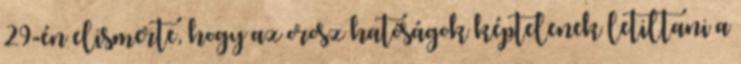
29-én elismerte, hogy az orosz hatóságok képtelenek letiltani a